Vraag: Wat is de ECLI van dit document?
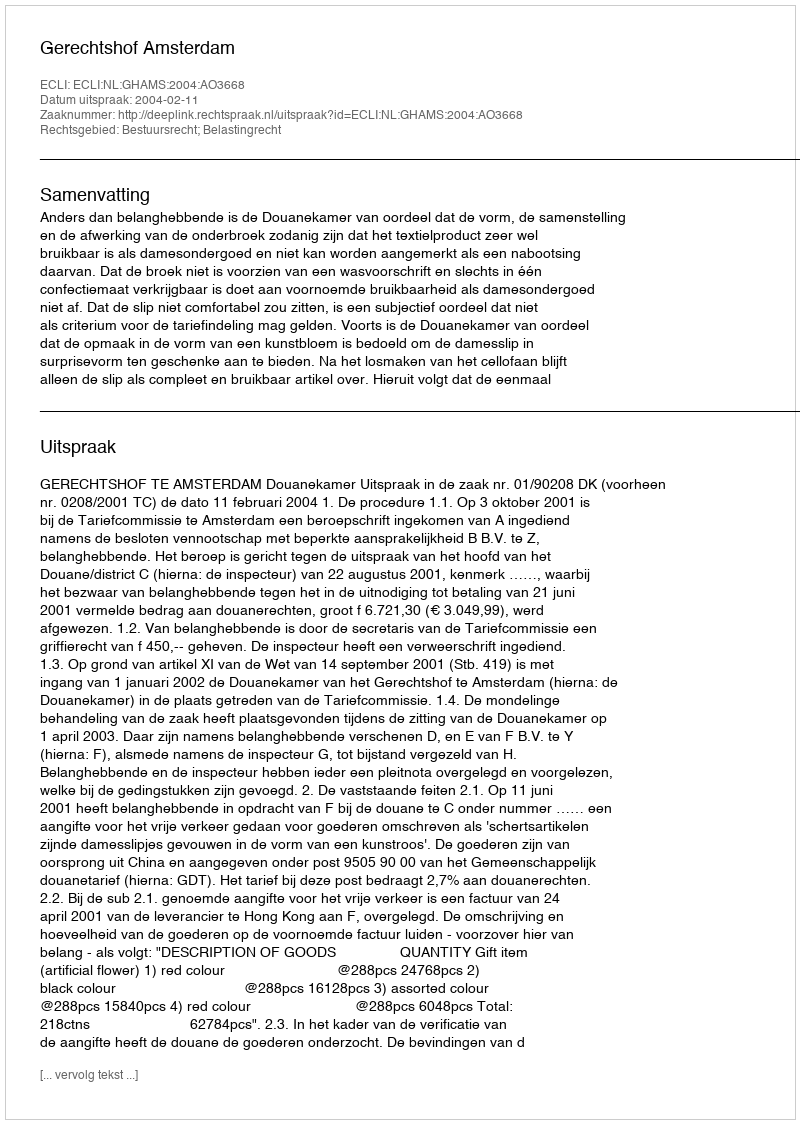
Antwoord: ECLI:NL:GHAMS:2004:AO3668